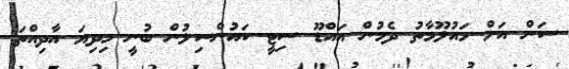
ސަން އަށް މައުލޫމާތު ދެމުން އައްޑޫ ސިޓީ ކައުންސިލުން ބުނީ މިދިޔަ އާދިއްތަ